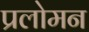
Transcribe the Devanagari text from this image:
प्रलोमन